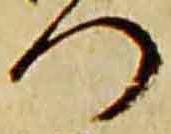
門